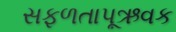
સફળતાપૂઋવક